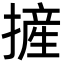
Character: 摌